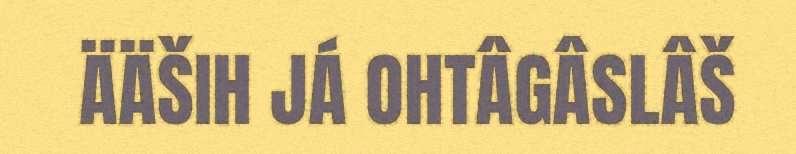
ÄÄŠIH JÁ OHTÂGÂSLÂŠ